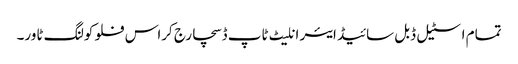
تمام اسٹیل ڈبل سائیڈ ایئر انلیٹ ٹاپ ڈسچارج کراس فلو کولنگ ٹاور۔